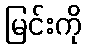
မြင်းကို